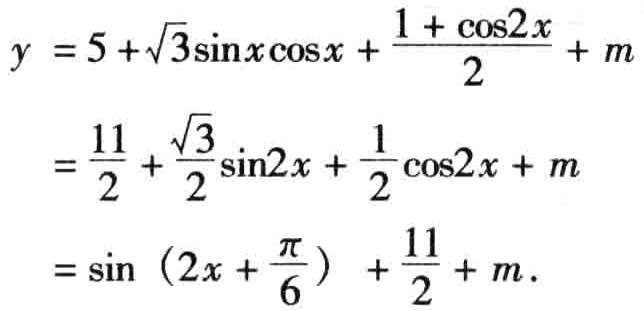
\[
\begin{align*}
y&=5 + \sqrt{3}\sin x\cos x+\frac{1+\cos2x}{2}+m\\
&=\frac{11}{2}+\frac{\sqrt{3}}{2}\sin2x+\frac{1}{2}\cos2x + m\\
&=\sin\left(2x+\frac{\pi}{6}\right)+\frac{11}{2}+m.
\end{align*}
\]